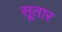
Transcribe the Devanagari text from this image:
सूतार